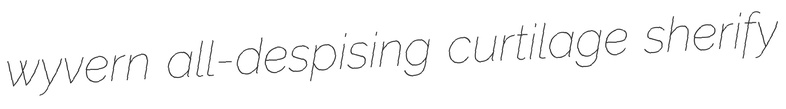
wyvern all-despising curtilage sherify